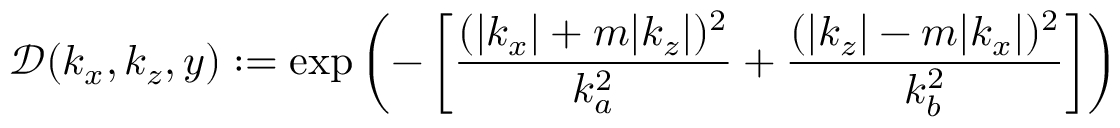
\mathcal { D } ( k _ { x } , k _ { z } , y ) : = \exp \left( - \left[ \frac { ( | k _ { x } | + m | k _ { z } | ) ^ { 2 } } { k _ { a } ^ { 2 } } + \frac { ( | k _ { z } | - m | k _ { x } | ) ^ { 2 } } { k _ { b } ^ { 2 } } \right] \right)